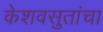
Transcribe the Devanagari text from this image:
केशवसुतांचा